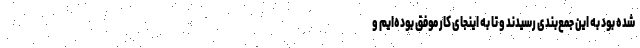
شده بود به این جمع‌بندی رسیدند و تا به اینجای کار موفق بوده‌ایم و